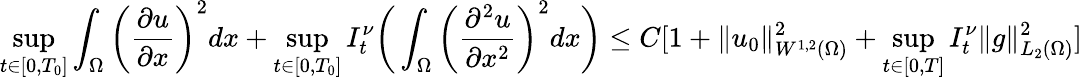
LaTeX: \underset{t\in[0,T_{0}]}{\operatorname*{sup}}\int_{\Omega}\bigg(\frac{\partial u}{\partial x}\bigg)^{2}dx+\underset{t\in[0,T_{0}]}{\operatorname*{sup}}I_{t}^{\nu}\bigg(\int_{\Omega}\bigg(\frac{\partial^{2}u}{\partial x^{2}}\bigg)^{2}dx\bigg)\leq C[1+\| u_{0}\| _{W^{1,2}(\Omega)}^{2}+\underset{t\in[0,T]}{\operatorname*{sup}}I_{t}^{\nu}\| g\| _{L_{2}(\Omega)}^{2}]